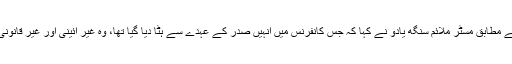
ان کے مطابق مسٹر ملائم سنگھ یادو نے کہا کہ جس کانفرنس میں انہیں صدر کے عہدے سے ہٹا دیا گیا تھا، وہ غیر آئینی اور غیر قانونی تھا۔